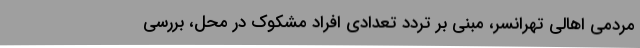
مردمی اهالی تهرانسر، مبنی بر تردد تعدادی افراد مشکوک در محل، بررسی